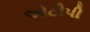
ઓટીપી